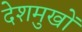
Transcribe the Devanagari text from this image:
देशमुखों